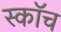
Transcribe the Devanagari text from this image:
स्‍कॉच